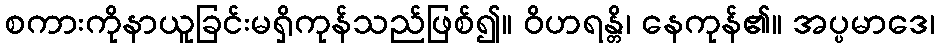
စကားကိုနာယူခြင်းမရှိကုန်သည်ဖြစ်၍။ ဝိဟရန္တိ၊ နေကုန်၏။ အပ္ပမာဒေ၊